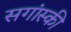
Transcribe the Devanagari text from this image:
सगांस्की